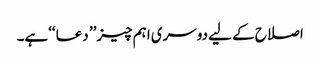
اصلاح کے لیے دوسری اہم چیز’’ دعا ‘‘ہے۔